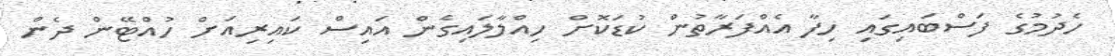
ހެދުމުގެ ފަސްބައިގައި ހިފާ އެއްފަރާތުން ކުޑަކޮށް ހިއްލާލައިގެން އައިސް ކައިރިއަށް ހުއްޓޭން ދެން